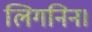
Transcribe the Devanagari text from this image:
लिगनिन।